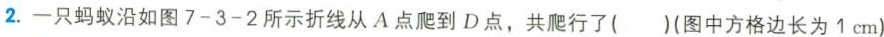
2.一只蚂蚁沿如图7-3-2所示折线从A点爬到D点，共爬行了( )(图中方格边长为1cm)